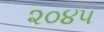
૨૦૪૫